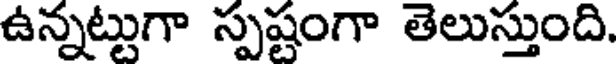
ఉన్నట్టుగా స్పష్టంగా తెలుస్తుంది.